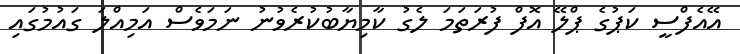
އޭއެފްސީ ކަޕުގެ ޕްލޭ އޮފް ފުރަތަމަ ލެގު ކާމިޔާބުކުރެވުނު ނަމަވެސް އަމިއްލަ ގައުމުގައި